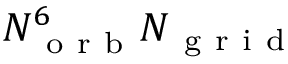
N _ { \mathrm { ~ o ~ r ~ b ~ } } ^ { 6 } N _ { \mathrm { ~ g ~ r ~ i ~ d ~ } }